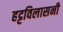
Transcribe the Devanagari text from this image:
हट्टविलासनी